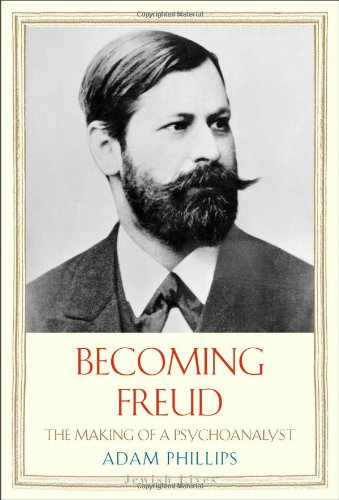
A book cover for Becoming Freud: The Making of a Psychoanalyst (Jewish Lives); Adam Phillips; Biographies & Memoirs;